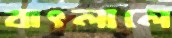
বাৎলালে